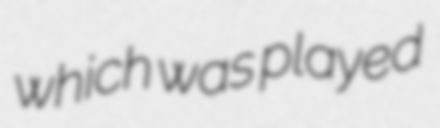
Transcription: which was played